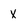
Character: X